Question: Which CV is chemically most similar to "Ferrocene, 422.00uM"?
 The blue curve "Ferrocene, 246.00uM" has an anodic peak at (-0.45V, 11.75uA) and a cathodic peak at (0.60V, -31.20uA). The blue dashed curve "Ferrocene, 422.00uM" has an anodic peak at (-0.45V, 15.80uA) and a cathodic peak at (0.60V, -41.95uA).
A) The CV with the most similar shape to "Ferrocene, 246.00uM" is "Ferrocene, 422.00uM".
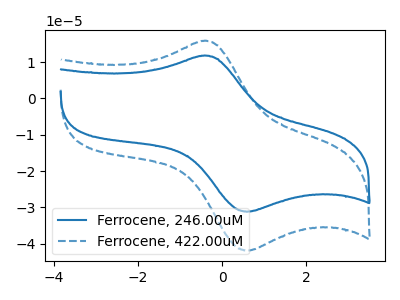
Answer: <think>All the peaks in "Ferrocene, 246.00uM" have a peak in "Ferrocene, 422.00uM" at the same potential. Every peak in "Ferrocene, 246.00uM" is lower than every peak in "Ferrocene, 422.00uM".
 </think>
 <answer>A) The CV with the most similar shape to "Ferrocene, 246.00uM" is "Ferrocene, 422.00uM".</answer>
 <eval>A</eval>